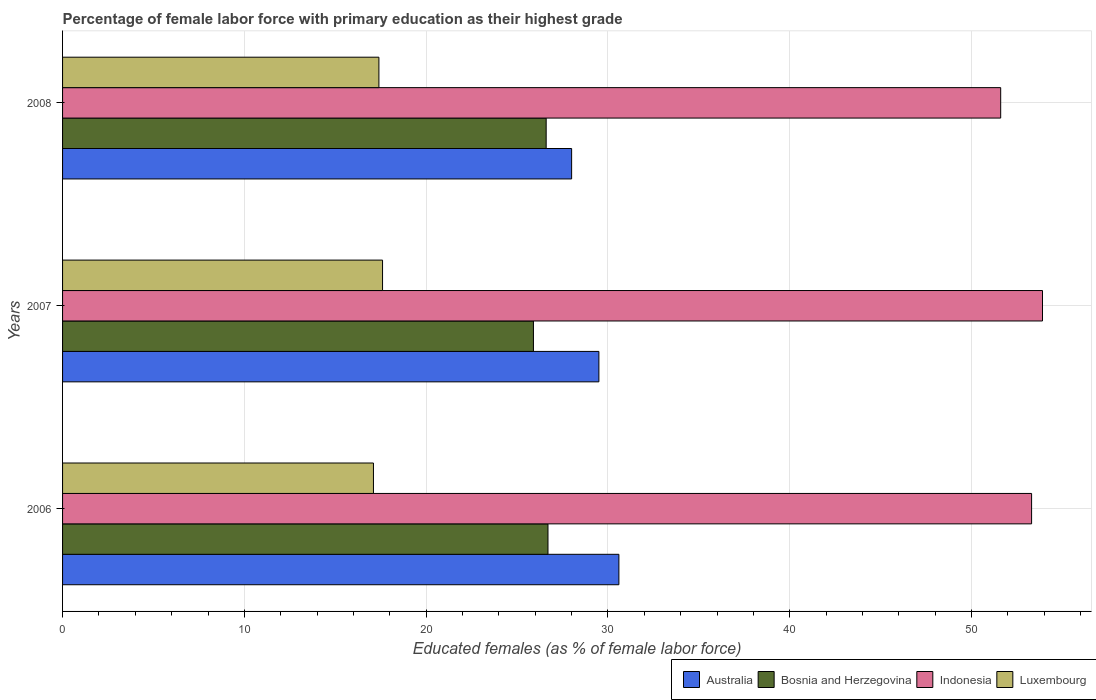
| Years | Australia | Bosnia and Herzegovina | Indonesia | Luxembourg |
 | --- | --- | --- | --- | --- |
 | 2006 | 30.6 | 26.7 | 53.3 | 17.1 |
 | 2007 | 29.5 | 25.9 | 53.9 | 17.6 |
 | 2008 | 28 | 26.6 | 51.6 | 17.4 |